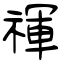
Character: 禈